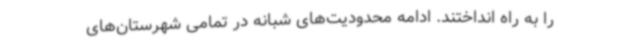
را به راه انداختند. ادامه‌ محدودیت‌های شبانه در تمامی شهرستان‌های